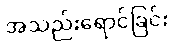
အသည်းရောင်ခြင်း